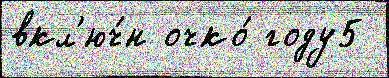
вкл'юч́н очко́ году5